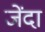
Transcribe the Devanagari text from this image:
जेंदा